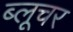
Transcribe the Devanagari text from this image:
ब्लूचर